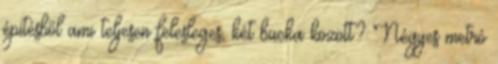
építésből ami teljesen felesleges, két bucka között? Négyes metró